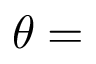
\theta =